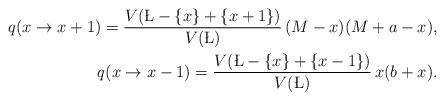
LaTeX: \begin{align*}q(x\to x+1)=\frac{V(\L-\{x\}+\{x+1\})}{V(\L)}\,(M-x)(M+a-x), \\q(x\to x-1)=\frac{V(\L-\{x\}+\{x-1\})}{V(\L)}\,x(b+x).\end{align*}